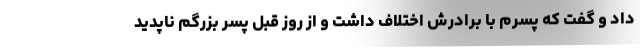
داد و گفت که پسرم با برادرش اختلاف داشت و از روز قبل پسر بزرگم ناپدید